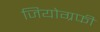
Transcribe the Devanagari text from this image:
जियोग्रफी